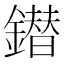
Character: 鐟